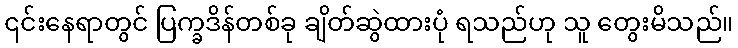
၎င်းနေရာတွင် ပြက္ခဒိန်တစ်ခု ချိတ်ဆွဲထားပုံ ရသည်ဟု သူ တွေးမိသည်။